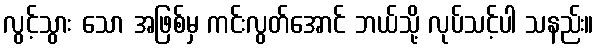
လွင့်သွား သော အဖြစ်မှ ကင်းလွတ်အောင် ဘယ်သို့ လုပ်သင့်ပါ သနည်း။